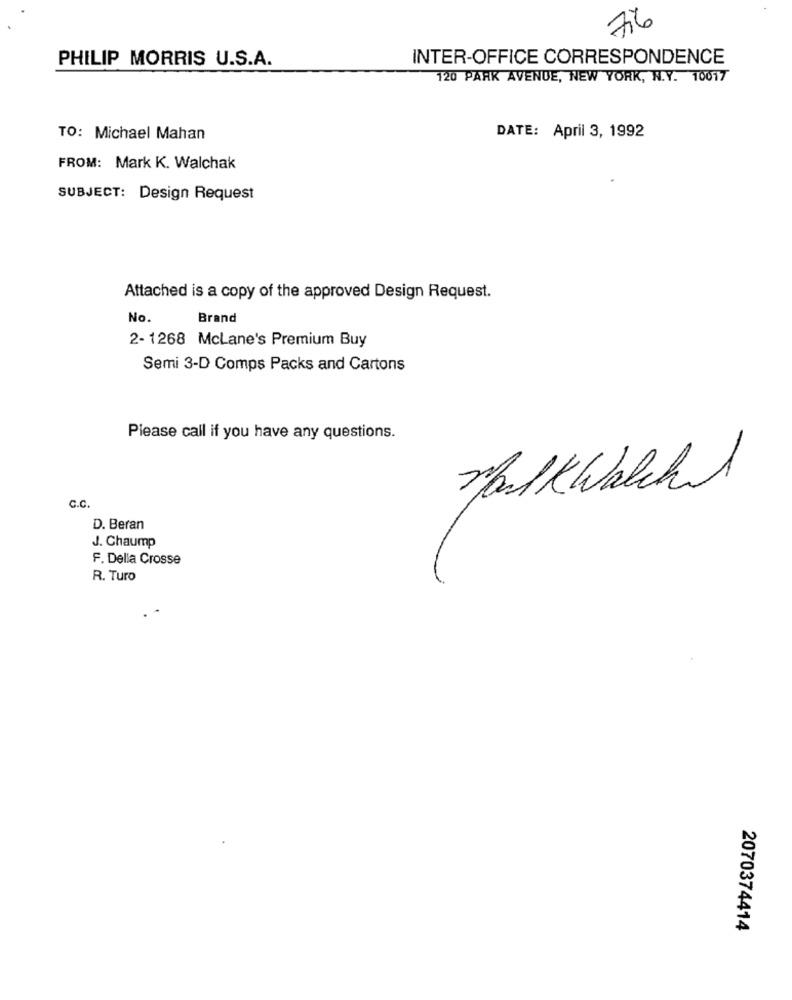
76
PHILIP MORRIS U.S.A.
INTER-OFFICE CORRESPONDENCE
120 PARK AVENUE, NEW YORK, N.Y. 10017
TO: Michael Mahan
DATE: April 3, 1992
FROM: Mark K. Walchak
SUBJECT: Design Request
Attached is a copy of the approved Design Request.
No.
Brand
2- 1268 McLane's Premium Buy
Semi 3-D Comps Packs and Cartons
Please call if you have any questions.
MalkWatched
C.C.
D. Beran
J. Chaump
F. Della Crosse
R. Turo
2070374414